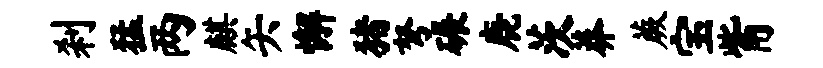
刹猛两麒矢懈猪弩碾鹿茨莽蕨宝觜